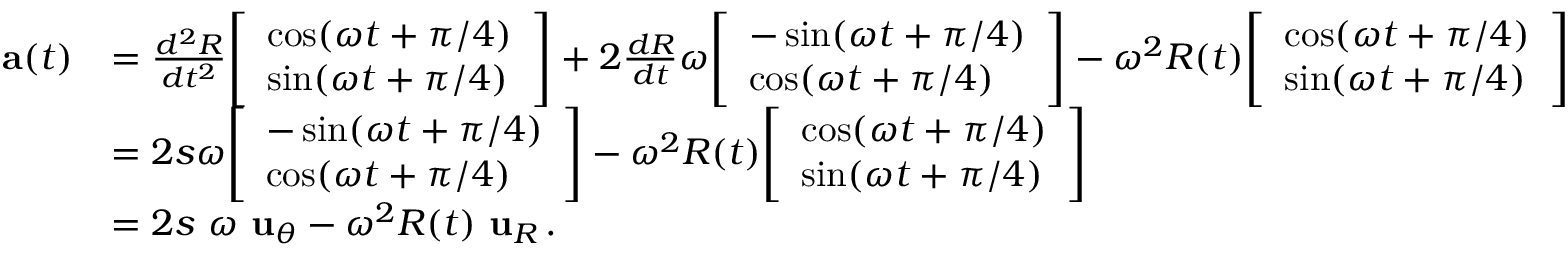
{ \begin{array} { r l } { \mathbf { a } ( t ) } & { = { \frac { d ^ { 2 } R } { d t ^ { 2 } } } { \left[ \begin{array} { l } { \cos ( \omega t + \pi / 4 ) } \\ { \sin ( \omega t + \pi / 4 ) } \end{array} \right] } + 2 { \frac { d R } { d t } } \omega { \left[ \begin{array} { l } { - \sin ( \omega t + \pi / 4 ) } \\ { \cos ( \omega t + \pi / 4 ) } \end{array} \right] } - \omega ^ { 2 } R ( t ) { \left[ \begin{array} { l } { \cos ( \omega t + \pi / 4 ) } \\ { \sin ( \omega t + \pi / 4 ) } \end{array} \right] } } \\ & { = 2 s \omega { \left[ \begin{array} { l } { - \sin ( \omega t + \pi / 4 ) } \\ { \cos ( \omega t + \pi / 4 ) } \end{array} \right] } - \omega ^ { 2 } R ( t ) { \left[ \begin{array} { l } { \cos ( \omega t + \pi / 4 ) } \\ { \sin ( \omega t + \pi / 4 ) } \end{array} \right] } } \\ & { = 2 s \ \omega \ \mathbf { u } _ { \theta } - \omega ^ { 2 } R ( t ) \ \mathbf { u } _ { R } \, . } \end{array} }